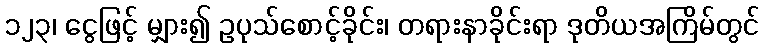
၁၂၃၊ ငွေဖြင့် မျှား၍ ဥပုသ်စောင့်ခိုင်း၊ တရားနာခိုင်းရာ ဒုတိယအကြိမ်တွင်